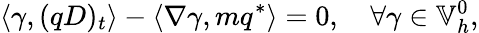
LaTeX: \left\langle\gamma,(qD)_{t}\right\rangle-\left\langle\nabla\gamma,mq^{*}\right\rangle=0,\quad\forall\gamma\in\mathbb{V}_{h}^{0},